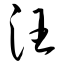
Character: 汪